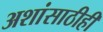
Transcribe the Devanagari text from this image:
अशांसाठीही